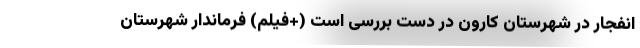
انفجار در شهرستان کارون در دست بررسی است (+فیلم) فرماندار شهرستان